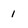
Character: 1